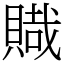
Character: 賳